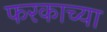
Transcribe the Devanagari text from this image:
फरकाच्या